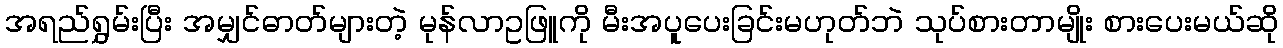
အရည်ရွှမ်းပြီး အမျှင်ဓာတ်များတဲ့ မုန်လာဥဖြူကို မီးအပူပေးခြင်းမဟုတ်ဘဲ သုပ်စားတာမျိုး စားပေးမယ်ဆို